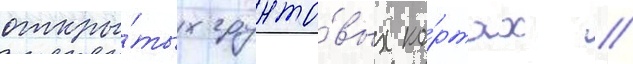
откры́тых грунто́вых ко́ртах //